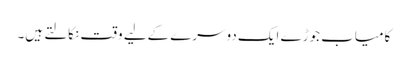
کامیاب جوڑے ایک دوسرے کےلیے وقت نکالتے ہیں۔